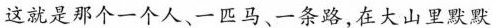
这就是那个一个人、一匹马、一条路，在大山里默默